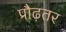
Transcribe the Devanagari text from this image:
प्रौढ़तर